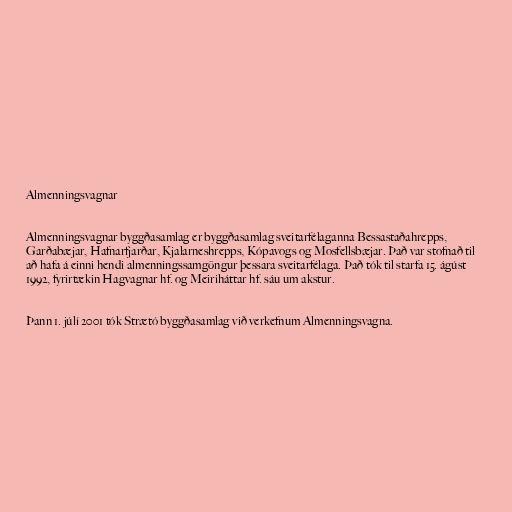
Almenningsvagnar

Almenningsvagnar byggðasamlag er byggðasamlag sveitarfélaganna Bessastaðahrepps,
Garðabæjar, Hafnarfjarðar, Kjalarneshrepps, Kópavogs og Mosfellsbæjar. Það var stofnað til
að hafa á einni hendi almenningssamgöngur þessara sveitarfélaga. Það tók til starfa 15. ágúst
1992, fyrirtækin Hagvagnar hf. og Meiriháttar hf. sáu um akstur.

Þann 1. júlí 2001 tók Strætó byggðasamlag við verkefnum Almenningsvagna.